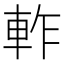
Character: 𨋘